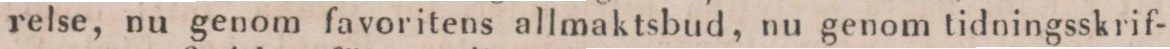
relse, nu genom favoritens allmaktsbud, nu genom tidningsskrif-